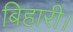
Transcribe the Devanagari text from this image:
बिहारी।